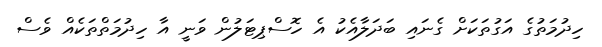
ހިދުމަތުގެ އަގުތަކަށް ގެނައި ބަދަލާއެކު އެ ހޮސްޕިޓަލުން ވަނީ އާ ހިދުމަތްތަކެއް ވެސް